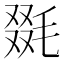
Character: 毲